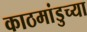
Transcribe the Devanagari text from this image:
काठमांडुच्या